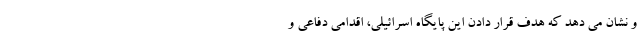
و نشان می دهد که هدف قرار دادن این پایگاه اسرائیلی، اقدامی دفاعی و